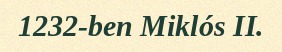
1232-ben Miklós II.